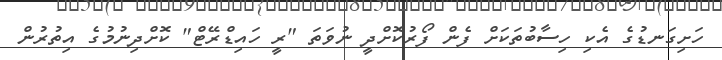
ހަށިގަނޑުގެ އެކި ހިސާބުތަކަށް ފެން ފޯރުކޮށްދީ ނުވަތަ "ރީ ހައިޑްރޭޓް" ކޮށްދިނުމުގެ އިތުރުން